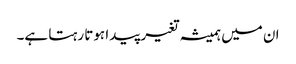
ان میں ہمیشہ تغیر پیدا ہوتا رہتا ہے۔